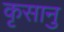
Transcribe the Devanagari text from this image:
कृसानु